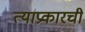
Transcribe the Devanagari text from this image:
त्याप्रकारची